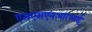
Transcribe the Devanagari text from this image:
एसएसएनआरआई